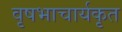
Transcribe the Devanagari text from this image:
वृषभाचार्यकृत